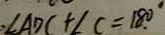
\angle A D C + \angle C = 1 8 0 ^ { \circ }